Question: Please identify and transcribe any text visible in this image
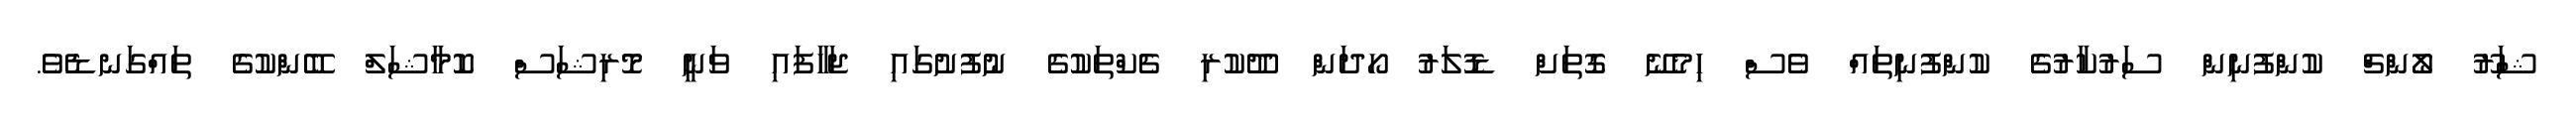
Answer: ޝަރޫ ލޯންޗް ކުންފުނިން ސަރުކާރުގެ ކުންފުނިތައް ވެސް ހިމެނޭ ގޮތަށް ޑޮލަރު ހޯދަން ދޫކުރި ޗެކްތަކުގެ ނުފުށުގައި ޖަހާފައި ވަނީ މޮރިޝަސް ކޮމާޝަލް ބޭންކުގެ ތައްގަނޑެވެ.